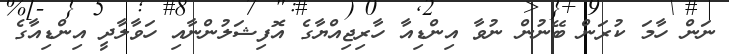
ނަން ހާމަ ކުރަން ބޭނުން ނުވާ އިންޑިއާ ހާރިޖިއްޔާގެ އޮފިޝަލުންނާއި ހަވާލާދީ އިންޑިއާގެ